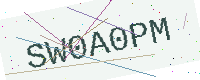
Text: SW0A0PM